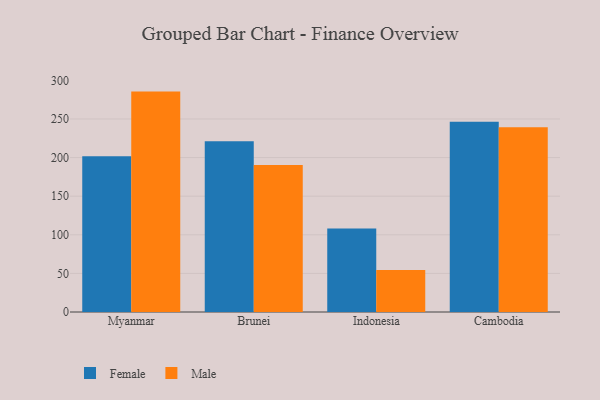
{"axis": {"x": "Country", "y": "Conversion Rate (%)"}, "legend": ["Female", "Male"], "data": [{"x": "Myanmar", "y": 201.8, "type": "Female"}, {"x": "Myanmar", "y": 285.5, "type": "Male"}, {"x": "Brunei", "y": 221.3, "type": "Female"}, {"x": "Brunei", "y": 190.4, "type": "Male"}, {"x": "Indonesia", "y": 108.1, "type": "Female"}, {"x": "Indonesia", "y": 54.5, "type": "Male"}, {"x": "Cambodia", "y": 246.6, "type": "Female"}, {"x": "Cambodia", "y": 239.3, "type": "Male"}]}